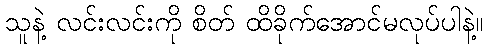
သူနဲ့ လင်းလင်းကို စိတ် ထိခိုက်အောင်မလုပ်ပါနဲ့။